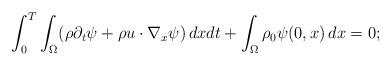
LaTeX: \begin{align*}\int^{T}_0\int_{\Omega}(\rho\partial_t\psi+\rho u\cdot\nabla_x\psi)\,dxdt+\int_{\Omega}\rho_0\psi(0,x)\,dx=0;\end{align*}